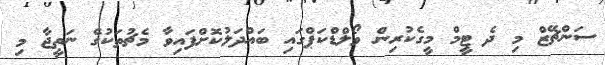
ސަންޗޭޒް މި ދެ ޓީމް މީގެކުރިން ވޯލްޑްކަޕްގައި ބައްދަލުކޮށްފައިވާ މެޗުތަކުގެ ނަތީޖާ މި